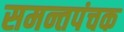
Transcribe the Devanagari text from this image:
समन्तपंचक